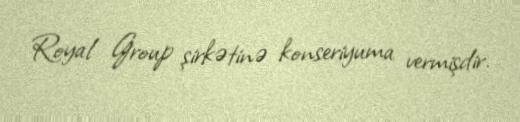
Royal Group şirkətinə konseriyuma vermişdir.